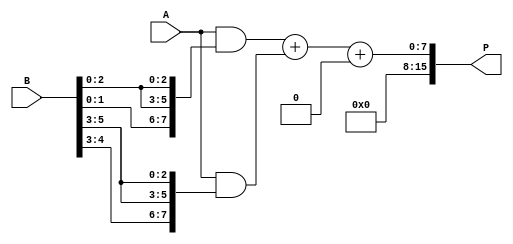
module higher_radix_wallace_tree_multiplier #(
    parameter N = 8 // Width of the input operands
)(
    input [N-1:0] A, // Multiplicand
    input [N-1:0] B, // Multiplier
    output reg [2*N-1:0] P // Product
);

    // Intermediate signals for partial products
    wire [N-1:0] pp [0:(N/3)-1]; // Partial Products
    wire [N-1:0] sum1 [0:(N/3)-1]; // First stage sums
    wire [N-1:0] carry1 [0:(N/3)-1]; // First stage carries
    wire [N-1:0] sum2; // Final sum
    wire [N-1:0] carry2; // Final carry

    // Partial Product Generation
    genvar i;
    generate
        for (i = 0; i < N/3; i = i + 1) begin : pp_gen
            assign pp[i] = A & {3{B[i*3 +: 3]}}; // AND operation for each group of 3 bits
        end
    endgenerate

    // Wallace Tree Reduction Stage 1
    generate
        for (i = 0; i < (N/3)-1; i = i + 1) begin : reduction_stage1
            // Assuming 2-input half adders and full adders
            wire [N:0] temp_sum;
            wire [N:0] temp_carry;
            assign {temp_carry, sum1[i]} = pp[i] + pp[i+1];
            assign carry1[i] = temp_carry[N-1];
        end
    endgenerate

    // Wallace Tree Reduction Stage 2
    generate
        for (i = 0; i < (N/3)-1; i = i + 1) begin : reduction_stage2
            wire [N:0] temp_sum2;
            wire [N:0] temp_carry2;
            assign {temp_carry2, sum2} = sum1[i] + carry1[i];
            assign carry2 = temp_carry2[N-1];
        end
    endgenerate

    // Final Addition
    always @(*) begin
        P = {carry2, sum2}; // Concatenate carry and sum for final product
    end

endmodule